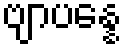
ဗျာပန္နေ